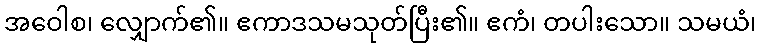
အဝေါစ၊ လျှောက်၏။ ဧကာဒသမသုတ်ပြီး၏။ ဧကံ၊ တပါးသော။ သမယံ၊